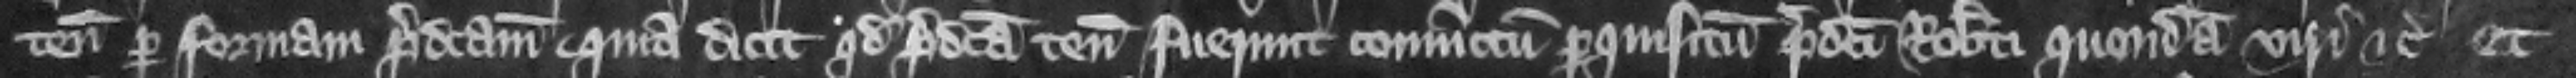
tenementis per formam predictam. Quia dicit quod predicta tenementa fuerunt coniunctum perquisitum predicti Roberti quondam viri etc. et